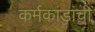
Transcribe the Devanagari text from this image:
कर्मकांडांची